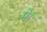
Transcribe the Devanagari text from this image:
मेा